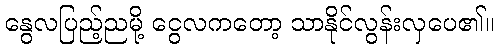
နွေလပြည့်ညမို့ ငွေလကတော့ သာနိုင်လွန်းလှပေ၏။